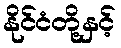
နိုင်ငံတို့နှင့်